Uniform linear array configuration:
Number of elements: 12
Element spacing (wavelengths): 0.5
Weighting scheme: hann
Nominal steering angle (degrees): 30
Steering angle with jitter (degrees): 28.509
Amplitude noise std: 0.05
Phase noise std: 0.05

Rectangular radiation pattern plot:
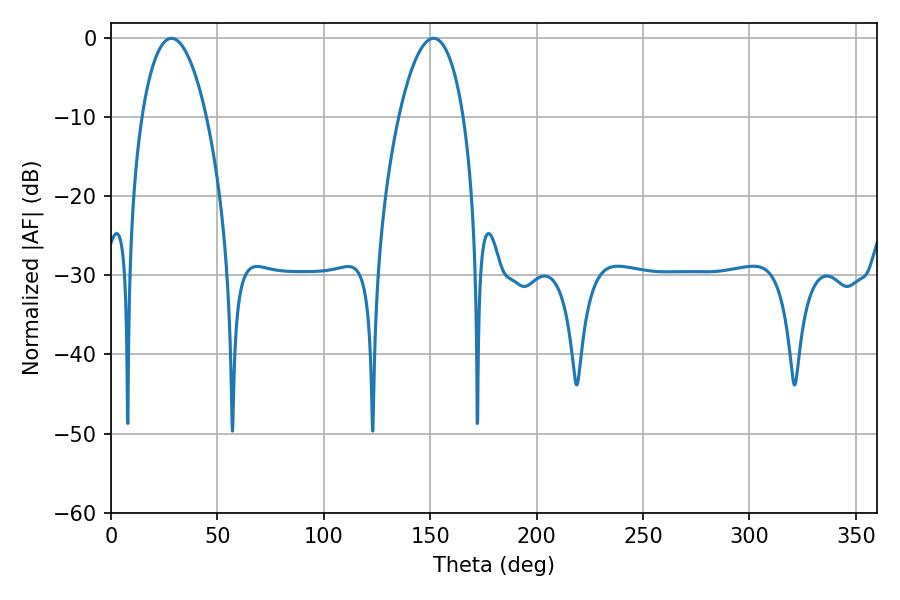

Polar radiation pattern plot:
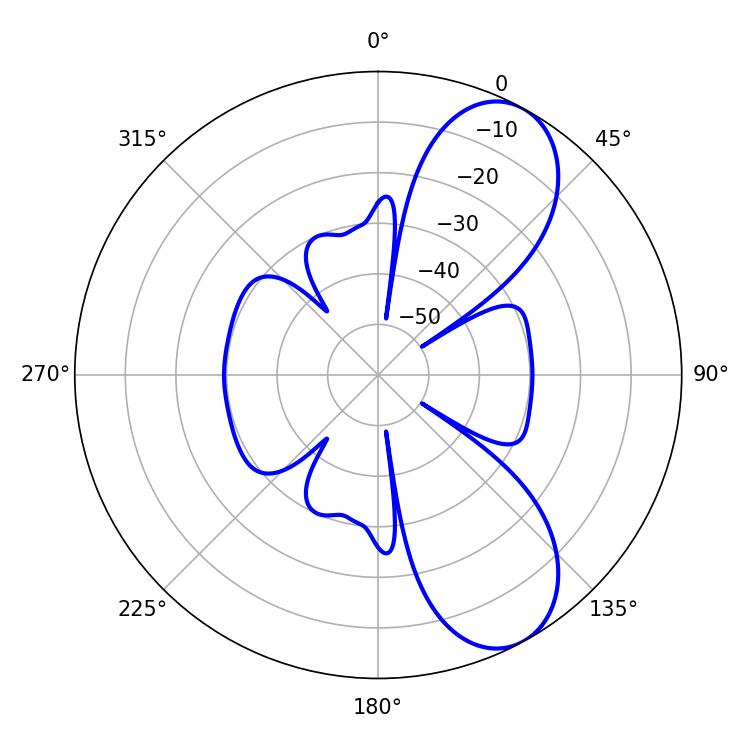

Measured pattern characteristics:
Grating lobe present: FALSE
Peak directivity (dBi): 8.196
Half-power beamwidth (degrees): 16.92
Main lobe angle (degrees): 28.44